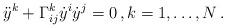
LaTeX: \begin{align*}\ddot{y}^k+\Gamma^k_{ij}\dot{y}^i\dot{y}^j=0\,, k=1,\dots,N\,.\end{align*}